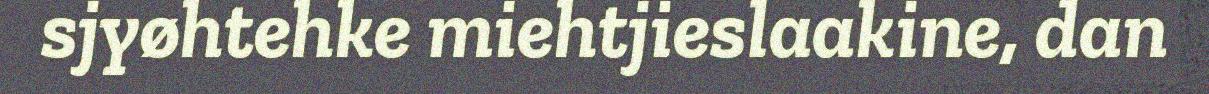
sjyøhtehke miehtjieslaakine, dan